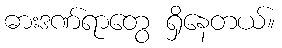
ဓားဒဏ်ရာတွေ ရှိနေတယ်။